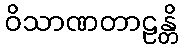
ဝိသာဏတာဠန္တိ